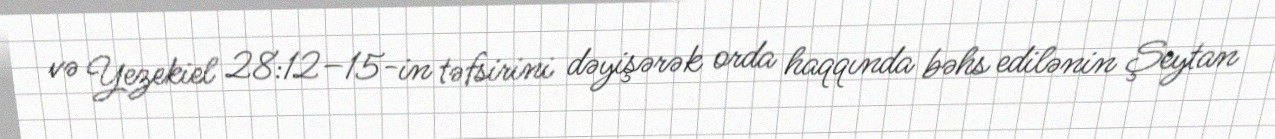
və Yezekiel 28:12–15-in təfsirini dəyişərək orda haqqında bəhs edilənin Şeytan